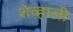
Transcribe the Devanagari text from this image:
शेव्हाली